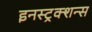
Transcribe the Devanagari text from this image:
इनस्ट्रक्शन्स